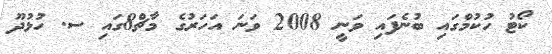
ކޯޓު ހުކުމްގައި ބުނެފައި ވަނީ 2008 ވަނަ އަހަރުގެ މާޗް8ގައި ސ. ހުޅުދޫ